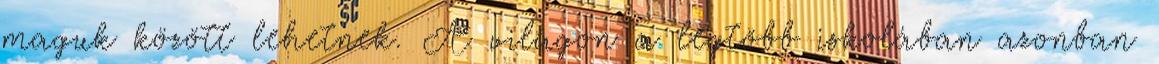
maguk között lehetnek. A világon a legtöbb iskolában azonban